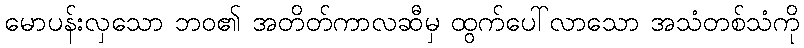
မောပန်းလှသော ဘဝ၏ အတိတ်ကာလဆီမှ ထွက်ပေါ်လာသော အသံတစ်သံကို